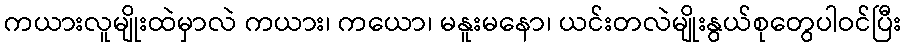
ကယားလူမျိုးထဲမှာလဲ ကယား၊ ကယော၊ မနူးမနော၊ ယင်းတလဲမျိုးနွယ်စုတွေပါဝင်ပြီး